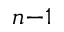
_ { n - 1 }